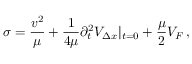
\sigma = \frac { v ^ { 2 } } { \mu } + \frac { 1 } { 4 \mu } \partial _ { t } ^ { 2 } { \cal V } _ { \Delta x } | _ { t = 0 } + \frac { \mu } { 2 } { \cal V } _ { F } \, ,